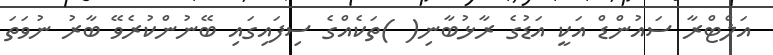
އަލްޓްރާ ސައުންޑް އަކީ އަޑުގެ ރާޅުބާނި( )ތަކެއްގެ ސިފައިގައި ބޭނުންކުރެވޭ ބާރު ނުވަތަ